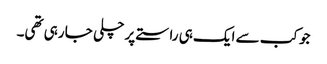
جو کب سے ایک ہی راستے پر چلی جا رہی تھی۔